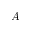
A